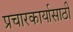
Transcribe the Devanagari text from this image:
प्रचारकार्यासाठी